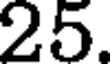
25.